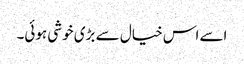
اسے اس خیال سے بڑی خوشی ہوئی۔